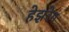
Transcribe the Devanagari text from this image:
हेझरेग